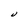
Character: U